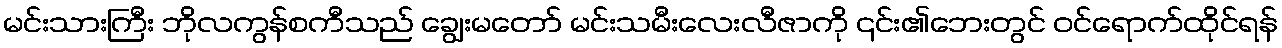
မင်းသားကြီး ဘိုလကွန်စကီသည် ချွေးမတော် မင်းသမီးလေးလီဇာကို ၎င်း၏ဘေးတွင် ဝင်ရောက်ထိုင်ရန်